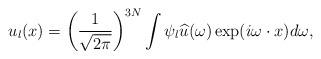
LaTeX: \begin{align*}u_l(x)=\left(\frac{1}{\sqrt{2\pi}}\right)^{3N}\int\psi_l\widehat{u}(\omega)\exp({i\omega\cdot x})d\omega,\end{align*}